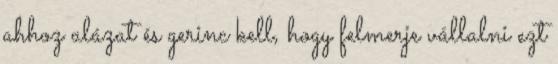
ahhoz alázat és gerinc kell, hogy felmerje vállalni ezt